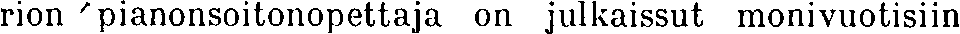
rion pianonsoitonopettaja on julkaissut monivuotisiin